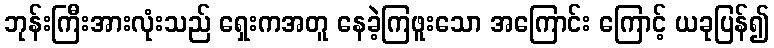
ဘုန်းကြီးအားလုံးသည် ရှေးကအတူ နေခဲ့ကြဖူးသော အကြောင်း ကြောင့် ယခုပြန်၍